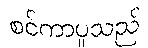
စင်ကာပူသည်